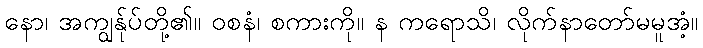
နော၊ အကျွန်ုပ်တို့၏။ ဝစနံ၊ စကားကို။ န ကရောသိ၊ လိုက်နာတော်မမူအံ့။